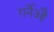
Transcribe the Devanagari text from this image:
ग़र्नेऔ